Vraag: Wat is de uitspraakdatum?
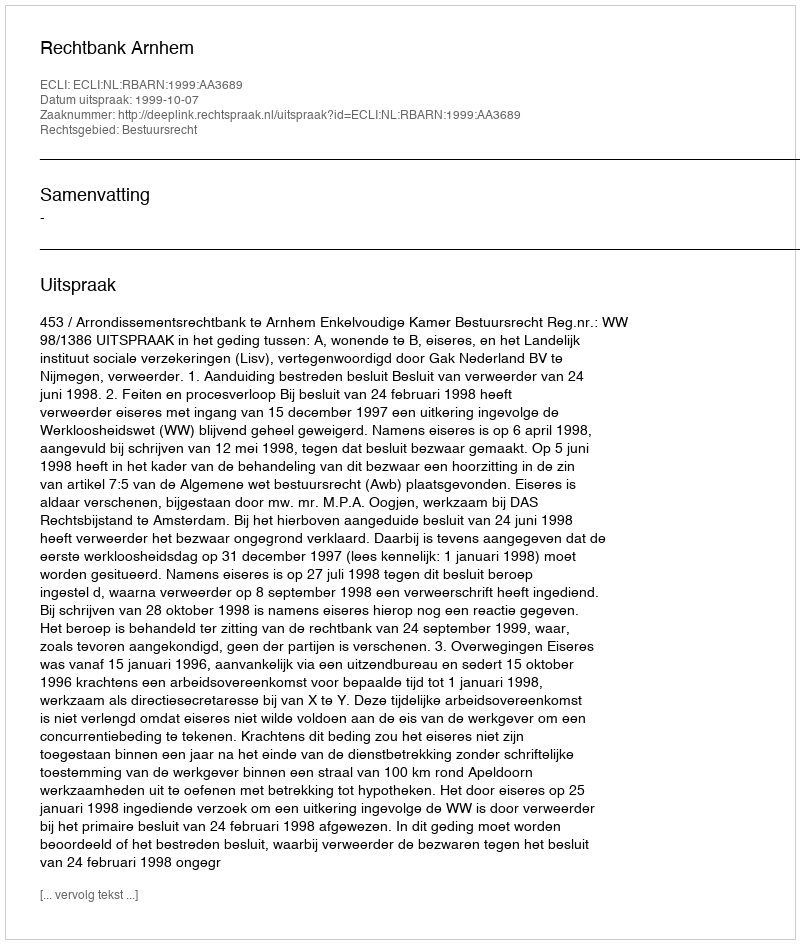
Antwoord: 1999-10-07